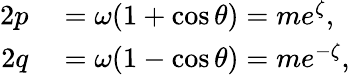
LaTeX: \begin{array}{rl}{2p}&{{}=\omega(1+\cos\theta)=me^{\zeta},\quad}\\ {2q}&{{}=\omega(1-\cos\theta)=me^{-\zeta},}\end{array}